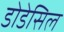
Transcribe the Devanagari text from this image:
डोडेसिल